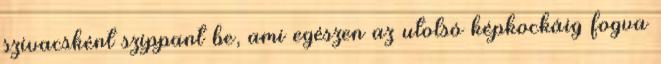
szivacsként szippant be, ami egészen az utolsó képkockáig fogva